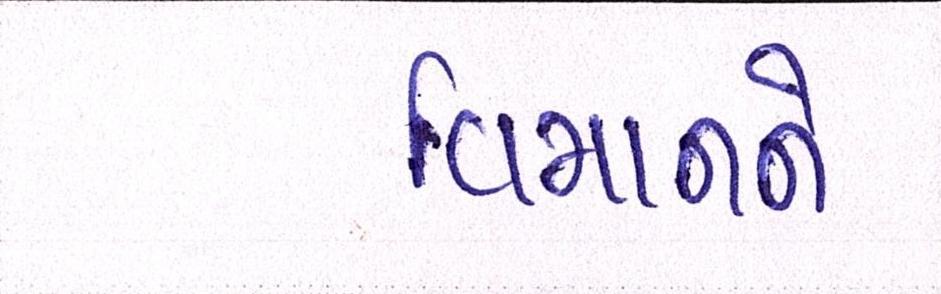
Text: વિમાનને